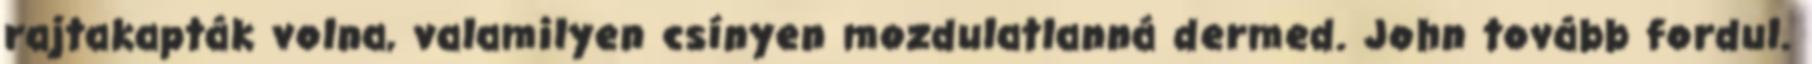
rajtakapták volna, valamilyen csínyen mozdulatlanná dermed. John tovább fordul.